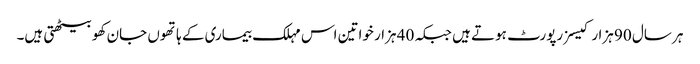
ہر سال 90 ہزار کیسز رپورٹ ہوتے ہیں جبکہ 40 ہزار خواتین اس مہلک بیماری کے ہاتھوں جان کھو بیٹھتی ہیں۔